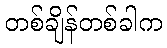
တစ်ချိန်တစ်ခါက